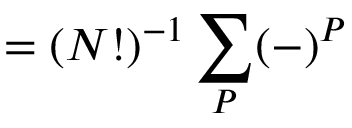
= ( N ! ) ^ { - 1 } \sum _ { \cal P } ( - ) ^ { \cal P }